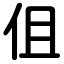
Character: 伹